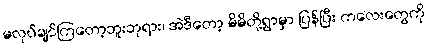
မလုပ်ချင်ကြတော့ဘူးဘုရား၊ အဲဒီတော့ မိမိတို့ရွာမှာ ပြန်ပြီး ကလေးတွေကို